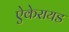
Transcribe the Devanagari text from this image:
ऐकेरायड